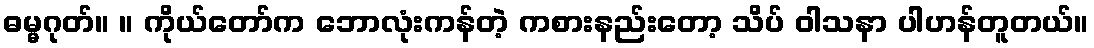
ဓမ္မဂုတ်။ ။ ကိုယ်တော်က ဘောလုံးကန်တဲ့ ကစားနည်းတော့ သိပ် ဝါသနာ ပါဟန်တူတယ်။